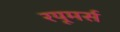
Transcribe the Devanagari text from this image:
रयूमर्स